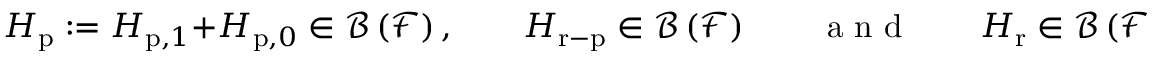
H _ { \mathrm { p } } : = H _ { \mathrm { p } , 1 } + H _ { \mathrm { p } , 0 } \in \mathcal { B } \left( \mathcal { F } \right) , \qquad H _ { \mathrm { r - p } } \in \mathcal { B } \left( \mathcal { F } \right) \qquad \mathrm { ~ a ~ n ~ d ~ } \qquad H _ { \mathrm { r } } \in \mathcal { B } \left( \mathcal { F } \right)